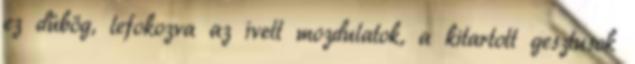
ez dübög, lefokozva az ívelt mozdulatok, a kitartott gesztusok